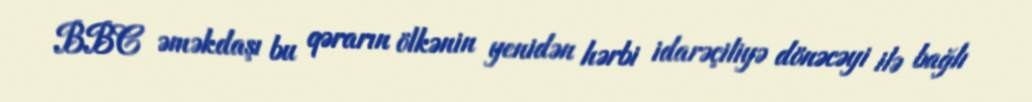
BBC əməkdaşı bu qərarın ölkənin yenidən hərbi idarəçiliyə dönəcəyi ilə bağlı